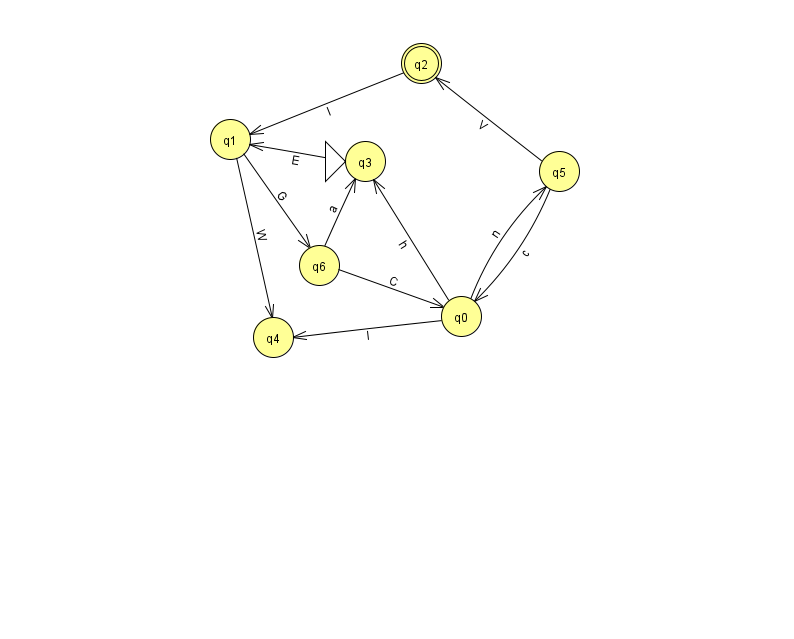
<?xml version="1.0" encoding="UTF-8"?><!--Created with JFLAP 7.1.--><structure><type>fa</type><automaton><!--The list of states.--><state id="0" name="q0"><x>461.0</x><y>303.0</y></state><state id="1" name="q1"><x>230.0</x><y>126.0</y></state><state id="2" name="q2"><x>421.0</x><y>50.0</y><final/></state><state id="3" name="q3"><x>365.0</x><y>148.0</y><initial/></state><state id="4" name="q4"><x>273.0</x><y>324.0</y></state><state id="5" name="q5"><x>559.0</x><y>158.0</y></state><state id="6" name="q6"><x>319.0</x><y>252.0</y></state><!--The list of transitions.--><transition><from>0</from><to>4</to><read>l</read></transition><transition><from>5</from><to>0</to><read>c</read></transition><transition><from>6</from><to>3</to><read>a</read></transition><transition><from>0</from><to>3</to><read>h</read></transition><transition><from>5</from><to>2</to><read>V</read></transition><transition><from>3</from><to>1</to><read>E</read></transition><transition><from>1</from><to>6</to><read>G</read></transition><transition><from>1</from><to>4</to><read>W</read></transition><transition><from>0</from><to>5</to><read>n</read></transition><transition><from>2</from><to>1</to><read>l</read></transition><transition><from>6</from><to>0</to><read>C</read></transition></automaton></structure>